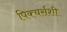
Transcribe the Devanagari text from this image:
पिक्चर्सशी